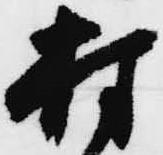
村